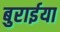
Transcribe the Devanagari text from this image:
बुरार्इया